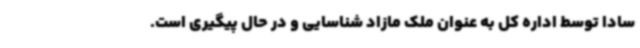
سادا توسط اداره کل به عنوان ملک مازاد شناسایی و در حال پیگیری است.